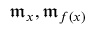
{ \mathfrak { m } } _ { x } , { \mathfrak { m } } _ { f ( x ) }